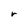
Character: r